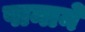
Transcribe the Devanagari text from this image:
पानाने